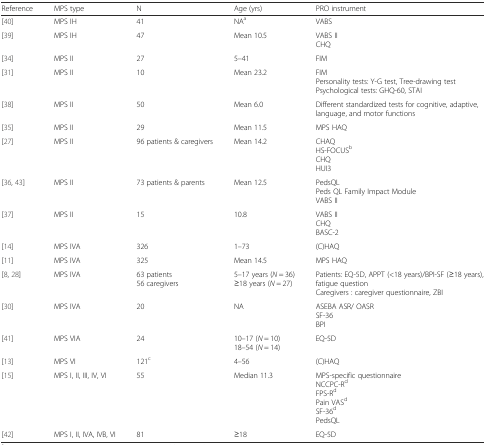
<table><thead><tr><td><b>Reference</b></td><td><b>MPS type</b></td><td><b>N</b></td><td><b>Age (yrs)</b></td><td><b>PRO instrument</b></td></tr></thead><tbody><tr><td>[40]</td><td>MPS IH</td><td>41</td><td>NA<sup>a</sup></td><td>VABS</td></tr><tr><td>[39]</td><td>MPS IH</td><td>47</td><td>Mean 10.5</td><td>VABS IICHQ</td></tr><tr><td>[34]</td><td>MPS II</td><td>27</td><td>5–41</td><td>FIM</td></tr><tr><td>[31]</td><td>MPS II</td><td>10</td><td>Mean 23.2</td><td>FIMPersonality tests: Y-G test, Tree-drawing testPsychological tests: GHQ-60, STAI</td></tr><tr><td>[38]</td><td>MPS II</td><td>50</td><td>Mean 6.0</td><td>Different standardized tests for cognitive, adaptive, language, and motor functions</td></tr><tr><td>[35]</td><td>MPS II</td><td>29</td><td>Mean 11.5</td><td>MPS HAQ</td></tr><tr><td>[27]</td><td>MPS II</td><td>96 patients &amp; caregivers</td><td>Mean 14.2</td><td>CHAQHS-FOCUS<sup>b</sup>CHQHUI3</td></tr><tr><td>[36, 43]</td><td>MPS II</td><td>73 patients &amp; parents</td><td>Mean 12.5</td><td>PedsQLPeds QL Family Impact ModuleVABS II</td></tr><tr><td>[37]</td><td>MPS II</td><td>15</td><td>10.8</td><td>VABS IICHQBASC-2</td></tr><tr><td>[14]</td><td>MPS IVA</td><td>326</td><td>1–73</td><td>(C)HAQ</td></tr><tr><td>[11]</td><td>MPS IVA</td><td>325</td><td>Mean 14.5</td><td>MPS HAQ</td></tr><tr><td>[8, 28]</td><td>MPS IVA</td><td>63 patients56 caregivers</td><td>5–17 years (<i>N</i> = 36)≥18 years (<i>N</i> = 27)</td><td>Patients: EQ-5D, APPT (&lt;18 years)/BPI-SF (≥18 years), fatigue questionCaregivers : caregiver questionnaire, ZBI</td></tr><tr><td>[30]</td><td>MPS IVA</td><td>20</td><td>NA</td><td>ASEBA ASR/ OASRSF-36BPI</td></tr><tr><td>[41]</td><td>MPS VIA</td><td>24</td><td>10–17 (<i>N</i> = 10)18–54 (<i>N</i> = 14)</td><td>EQ-5D</td></tr><tr><td>[13]</td><td>MPS VI</td><td>121<sup>c</sup></td><td>4–56</td><td>(C)HAQ</td></tr><tr><td>[15]</td><td>MPS I, II, III, IV, VI</td><td>55</td><td>Median 11.3</td><td>MPS-specific questionnaireNCCPC-R<sup>d</sup>FPS-R<sup>d</sup>Pain VAS<sup>d</sup>SF-36<sup>d</sup>PedsQL</td></tr><tr><td>[42]</td><td>MPS I, II, IVA, IVB, VI</td><td>81</td><td>≥18</td><td>EQ-5D</td></tr></tbody></table>